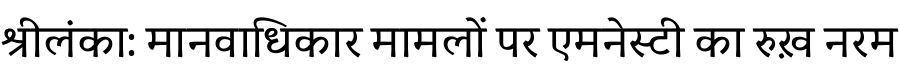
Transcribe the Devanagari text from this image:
श्रीलंका: मानवाधिकार मामलों पर एमनेस्टी का रुख़ नरम